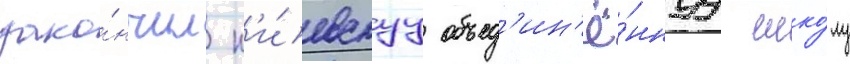
зако́нчил к'и́евскуу объед'ин'ё́ннуу шко́лу